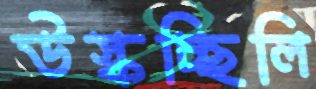
উস্‌কচ্ছিলি